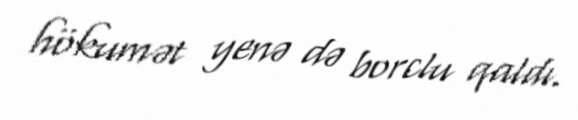
hökumət yenə də borclu qaldı.